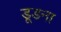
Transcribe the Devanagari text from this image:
डूडना